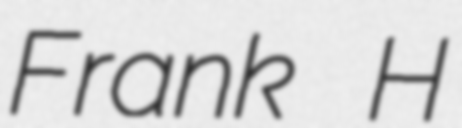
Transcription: Frank H